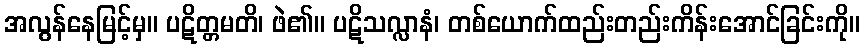
အလွန်နေမြင့်မှ။ ပဋိတ္တမတိ၊ ဖဲ၏။ ပဋိသလ္လာနံ၊ တစ်ယောက်ထည်းတည်းကိန်းအောင်ခြင်းကို။